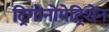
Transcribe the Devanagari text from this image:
ट्रिगोनोमेट्रिशेन